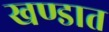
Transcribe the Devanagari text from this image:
खण्डात